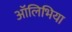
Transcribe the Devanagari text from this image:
ऑलिभिया